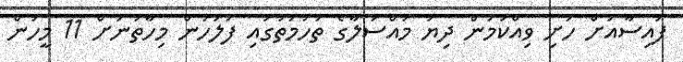
ފައިސާއަށް ހަށި ވިއްކަމުން ދިޔަ މައްސަލާގެ ތުހުމަތުގައި ފުލުހުން މިހާތަނަށް 11 މީހުން